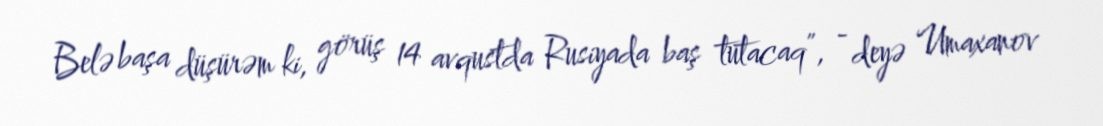
Belə başa düşürəm ki, görüş 14 avqustda Rusiyada baş tutacaq”, - deyə Umaxanov